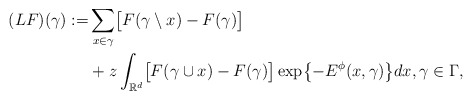
\begin{align*}(LF)(\gamma):=&\sum_{x\in\gamma} \bigl[F(\gamma\setminus x) -F(\gamma)\bigr] \\&+ z \int_{{{\mathbb{R}}^d}} \bigl[F(\gamma\cup x) -F(\gamma)\bigr]\exp\bigl\{-E^\phi(x,\gamma)\bigr\} dx, \gamma\in\Gamma, \end{align*}